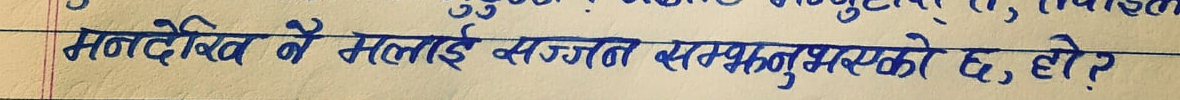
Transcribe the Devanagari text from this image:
मनदेखि नै मलाई सज्जत सम्प्रनुभएको छ, हो?